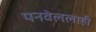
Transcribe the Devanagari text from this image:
पनवेललाही